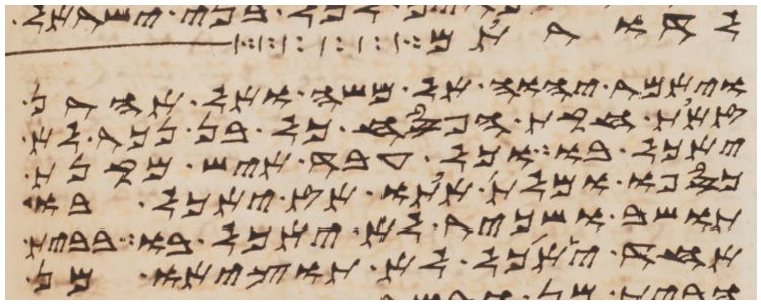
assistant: לתת לכם
ויאמר יהוה אל משה ואל אהרן
זאת חקת הפסח כל בן נכר לא
יאכל בו וכל עבד איש מקנת
כספו ומלת אתו אז יאכל בו
תושב ושכיר לא יאכל בו בבית
אחד יאכל לא תוציאו מן